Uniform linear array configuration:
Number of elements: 16
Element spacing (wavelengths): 0.5
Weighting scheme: exponential
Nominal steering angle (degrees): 60
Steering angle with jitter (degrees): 61.825
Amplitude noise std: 0.05
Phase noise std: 0.05

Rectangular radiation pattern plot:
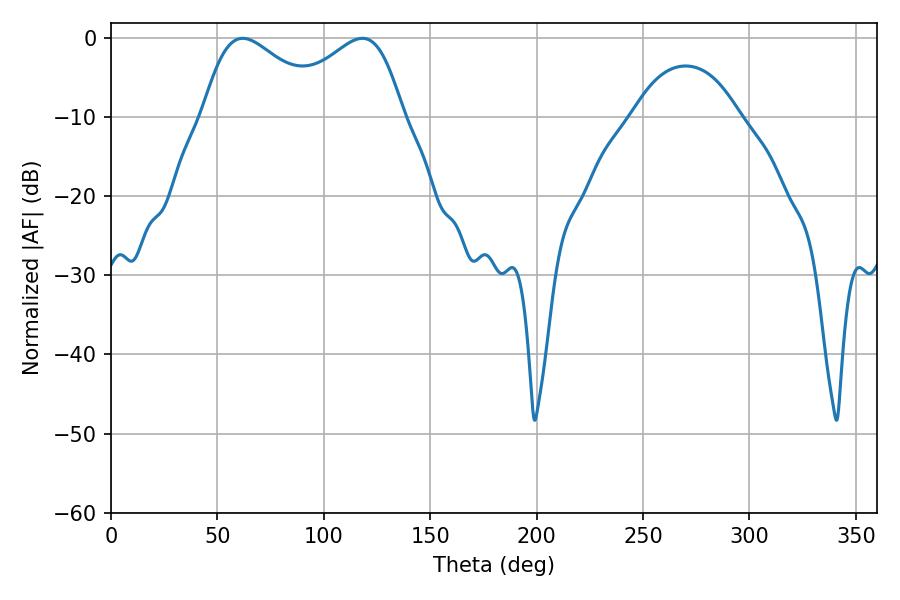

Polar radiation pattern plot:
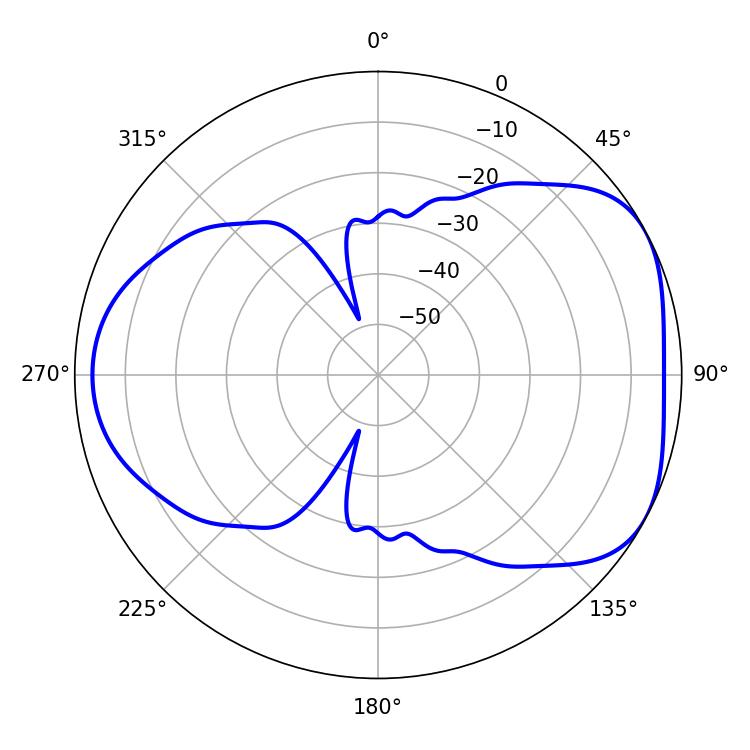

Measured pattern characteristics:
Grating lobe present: FALSE
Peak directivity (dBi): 4.74
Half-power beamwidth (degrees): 31.32
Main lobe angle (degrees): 61.92